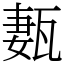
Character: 㼮